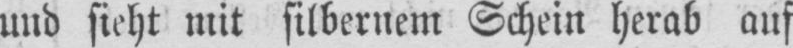
und sieht mit silbernem Schein herab auf